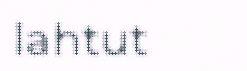
lahtut